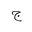
Letter: _gim